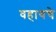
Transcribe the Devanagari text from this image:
वहायचे